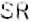
SR